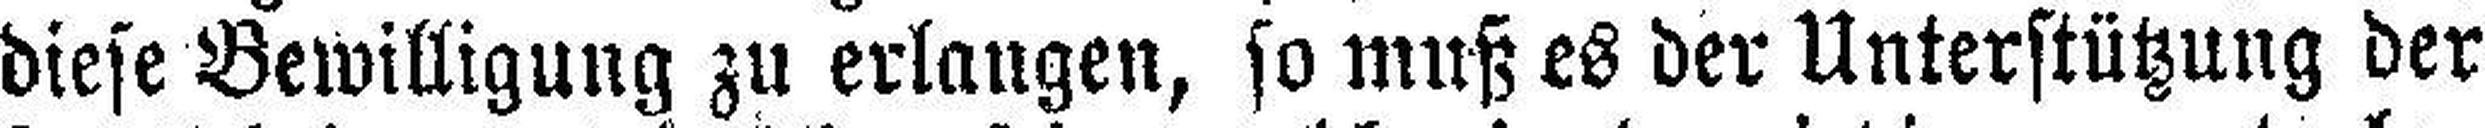
diese Bewilligung zu erlangen, so muß es der Unterstützung der